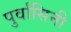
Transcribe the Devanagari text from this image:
पुर्वासिनी